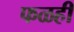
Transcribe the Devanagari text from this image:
फळही